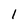
Character: 1